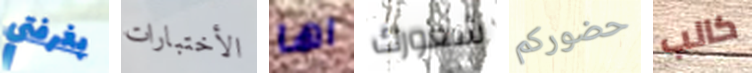
بغرفتي الأختبارات اها شعورك حضوركم كالب